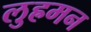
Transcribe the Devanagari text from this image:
लुह्रमन